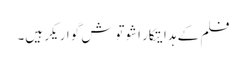
فلم کے ہدایتکار اشوتوش گواریکر ہیں۔